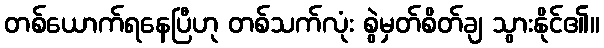
တစ်ယောက်ရနေပြီဟု တစ်သက်လုံး စွဲမှတ်စိတ်ချ သွားနိုင်၏။